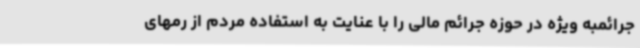
جرائمبه ویژه در حوزه جرائم مالی را با عنایت به استفاده مردم از رمهای